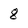
Character: 8